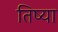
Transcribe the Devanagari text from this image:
तिष्या